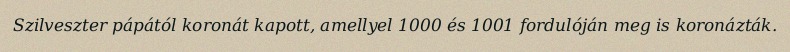
Szilveszter pápától koronát kapott, amellyel 1000 és 1001 fordulóján meg is koronázták.